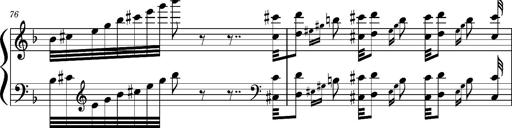
Title: Concerto sans orchestre, S.524a
Composer: Franz Liszt
Key: A major